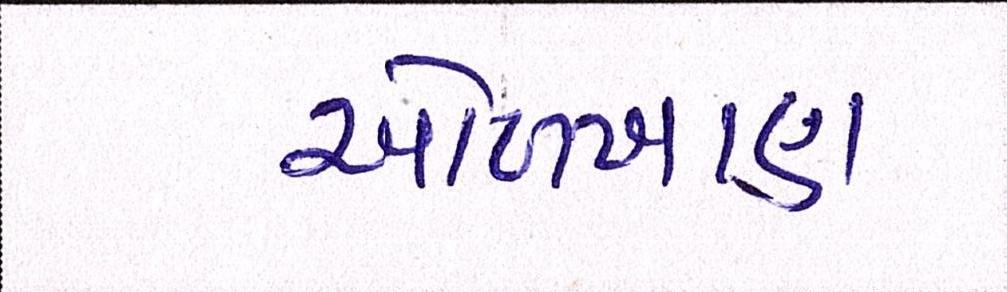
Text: ઓળખાણ